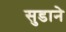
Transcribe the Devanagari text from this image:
सुडाने